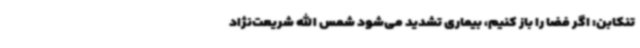
تنکابن: اگر فضا را باز کنیم، بیماری تشدید می‌شود شمس الله شریعت‌نژاد